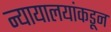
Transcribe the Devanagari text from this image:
न्यायालयांकडून